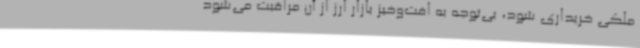
ملکی خریداری شود، بی‌توجه به افت‌وخیز بازار ارز از آن مراقبت می‌شود